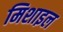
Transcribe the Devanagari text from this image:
मिशाइल